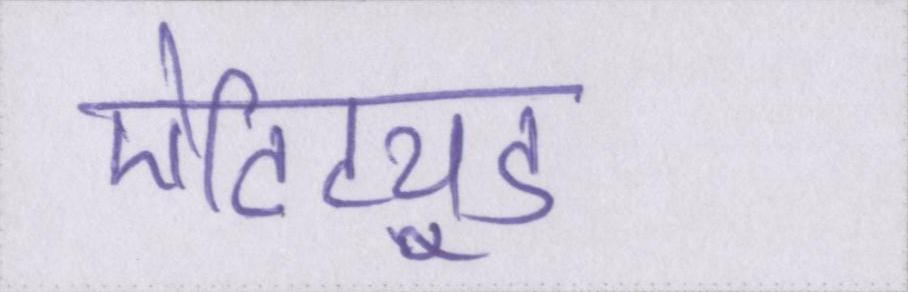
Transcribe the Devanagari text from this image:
ऐटिट्यूड